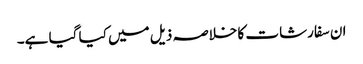
ان سفارشات کا خلاصہ ذیل میں کیا گیا ہے۔